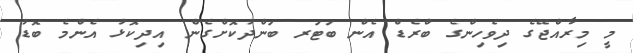
މީ މިރާއްޖޭގެ ދިވެހިންގެ ބްރެޑް އެން ބަޓަރ ބަންދުކޮށްގެން އިދިކޮޅު އެންމެ ބޮޑު